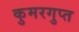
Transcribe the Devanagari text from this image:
कुमरगुप्त